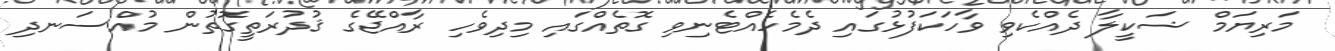
މަރިޔަމް ޝަކީލާ ދެއްކެވި ވާހަކަފުޅުގައި ދެމެހެއްޓެނިވި ގޮތެއްގައި މިދިވެހި ރާއްޖޭގެ ޤުދުރަތީގޮތުން މުއްސަނދި